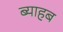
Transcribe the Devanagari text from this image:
ब्याहब